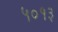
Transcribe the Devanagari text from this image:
५०१३